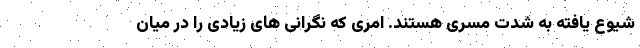
شیوع یافته به شدت مسری هستند. امری که نگرانی های زیادی را در میان